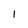
Character: l